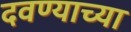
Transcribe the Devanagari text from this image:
दवण्याच्या